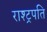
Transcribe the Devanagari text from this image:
राश्ट्रपति